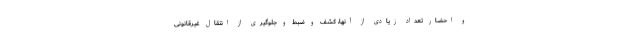
و احضار تعداد زیادی از آنها، کشف و ضبط و جلوگیری از انتقال غیرقانونی